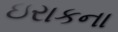
ઇરાકના